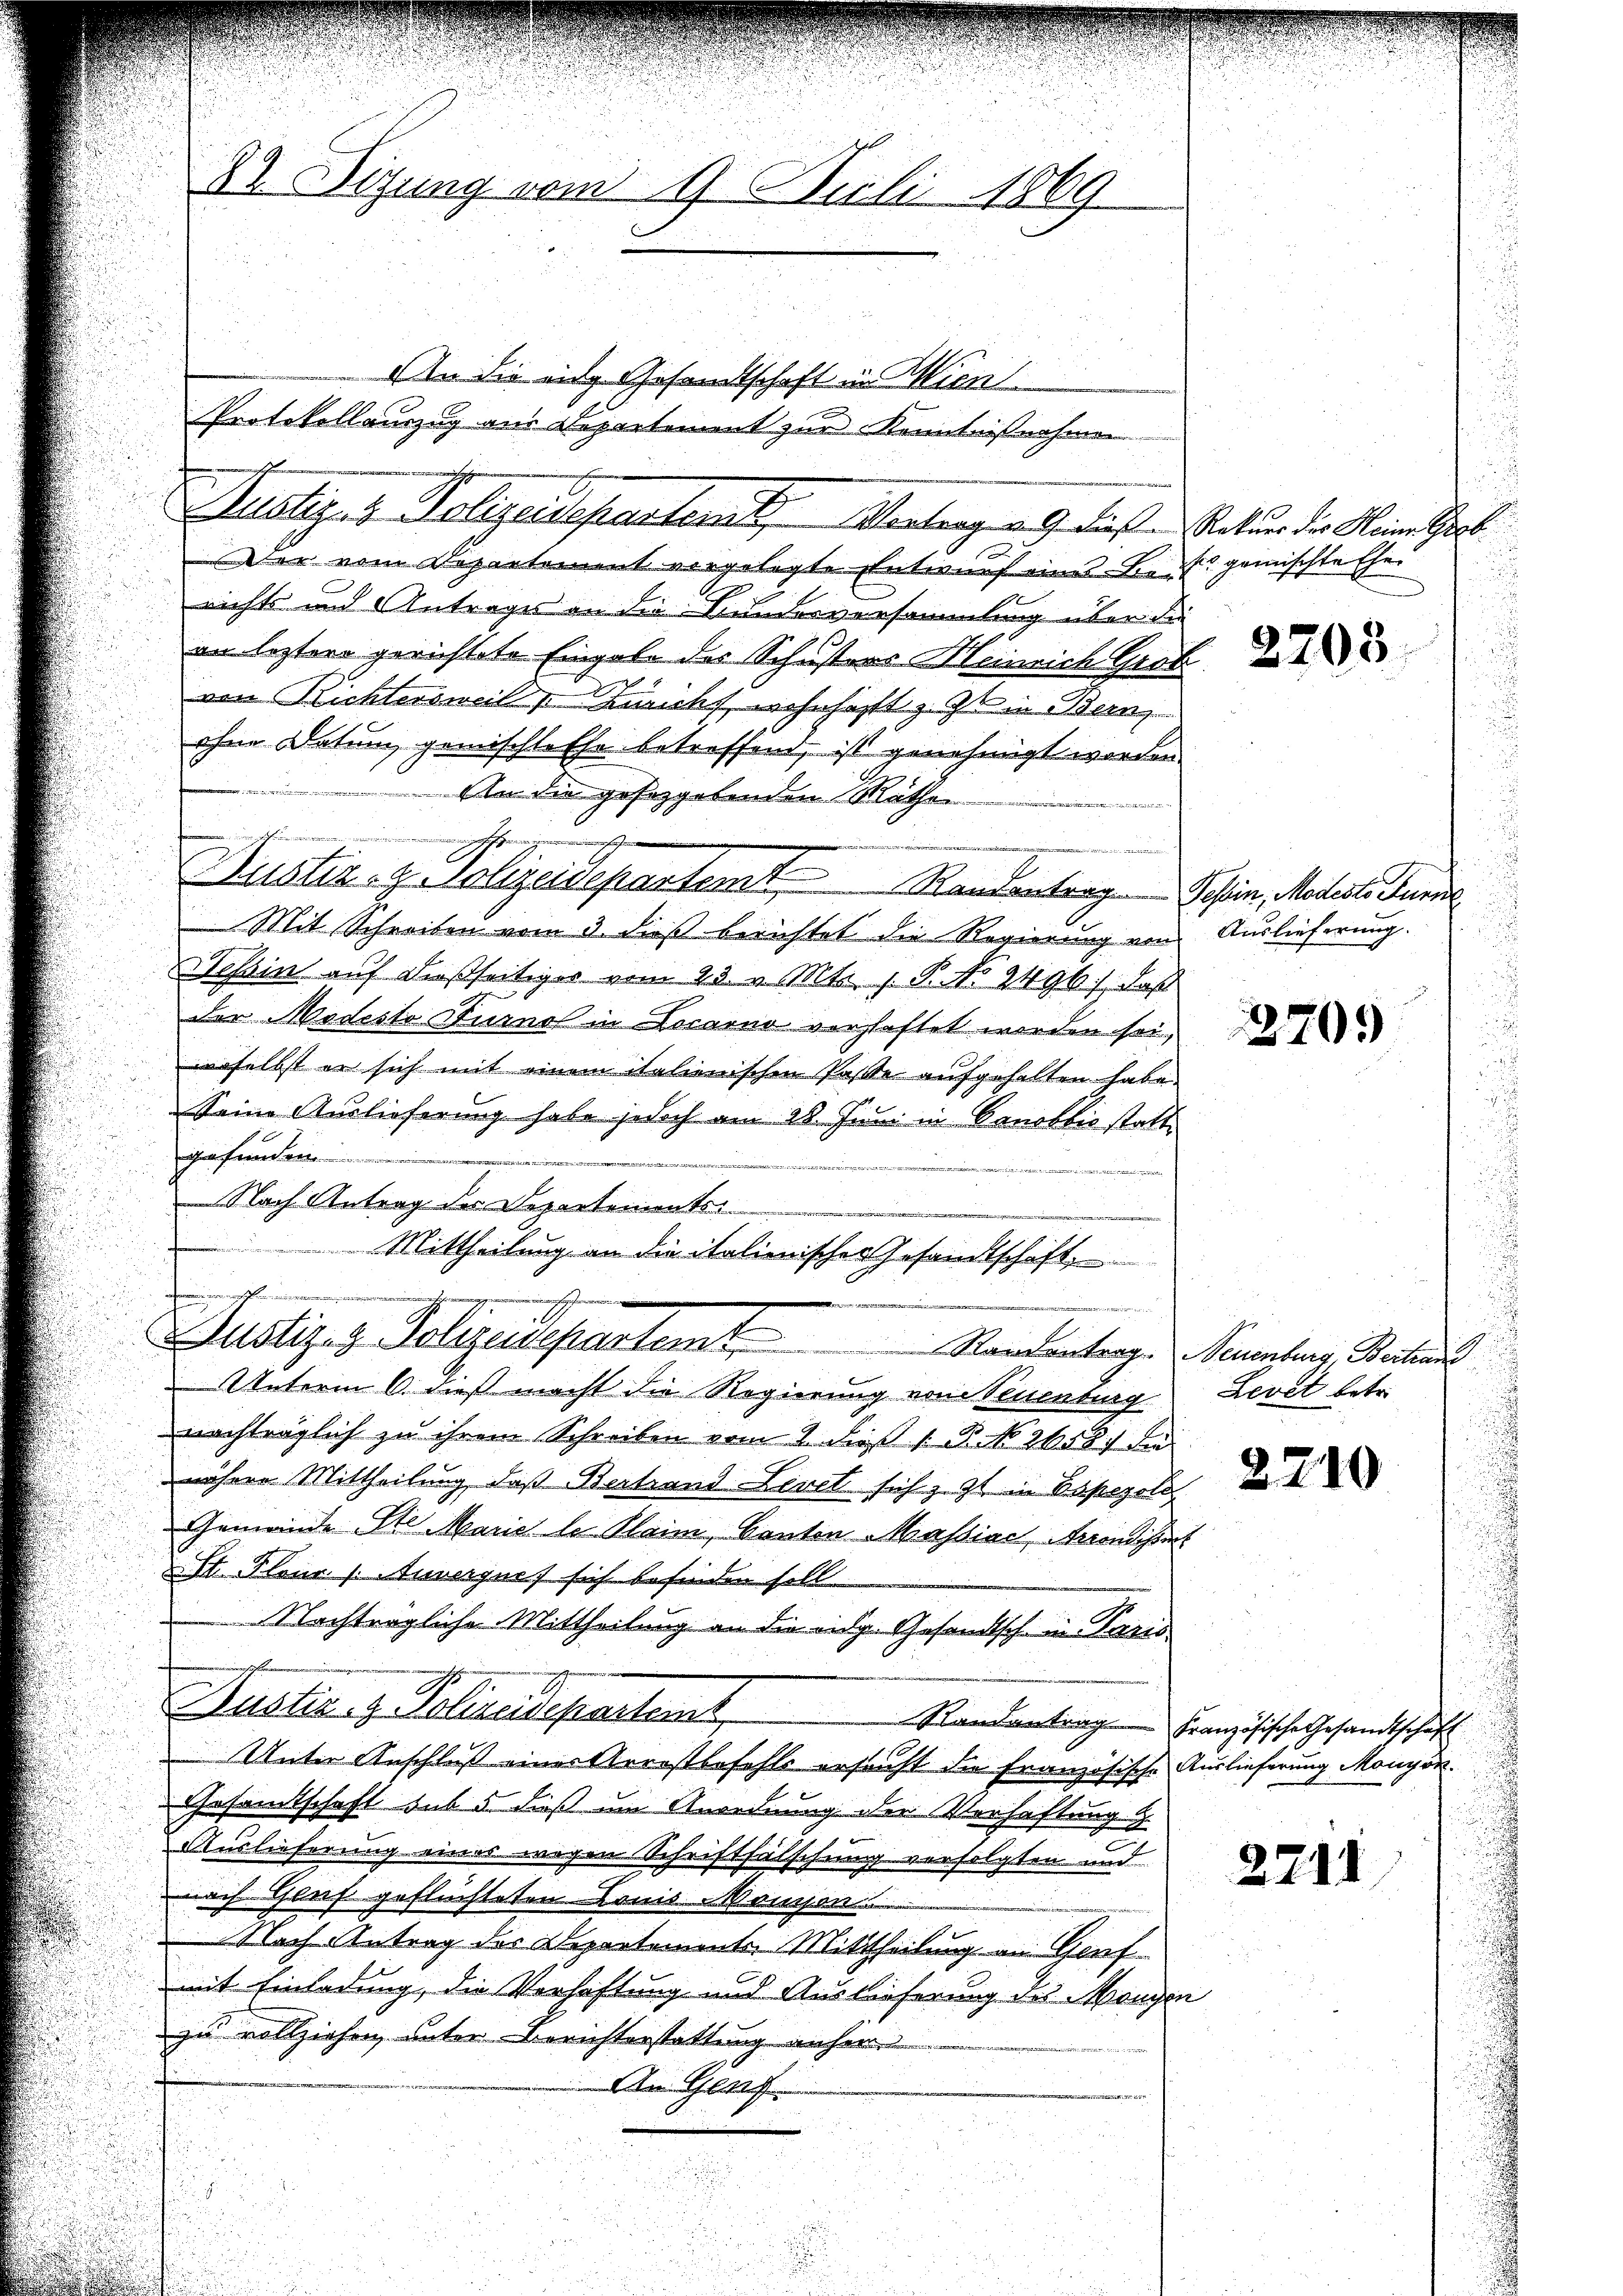
82 Sizung vom 9. Juli 1869

An die ein Gesandtschaft in Wien
Protokollauszug aus Departement zur Kenntnißnahmen.

ler vom Departement vorgelegte Entwurf eines Bett gemischte Ehe
richts und Antrages an die Bunderversammlung über d
an leztere gerichtete Eingabe des Schusters Heinrich Graf
von Richtersweil v. Züricht, wohnhaft z. Zt. in Bern,
ohne Datum gemischte Ehe betreffend, ist genehmigt worden
2
An die gesorgebenden Räthen
Nustiz- & Polizeisepartemt Randantrag Schien, Modeste Furre
Mit Schreiben vom 3. dieß berichtet die Regierung von
Tessin auf dießseitiger vom 23. v. Mts. z. B. No 2496, daß
der Modesto Turnot in Locarno verschaftet werden sei,
woselbst er sich mit einem italienischen Paße aufgehalten habe.
Seine Auslieferung habe jedoch am 28. Juni in Banobbio stattgefunden
Nach Antrag der Departements
a
Mittheilung an die italienischer Gesandtschaft,

nichtun

Unterm 6. dieß macht die Regierung von Neuenburg Levet betr.
nachträglich zu ihrem Schreiben vom 2. dieß 1 S. No 2658. die
nähere Mittheilung, daß Bertrand Levet sich z. Zt. in Papezold
Gemeinde Ste Marie le Plaim, Canton Massiae, Arrondissens
St. Fleur (Anvergers sich befinden soll
Nachträgliche Mittheilung an die eidg. Gesandtsch in Paris
Randantrag Französische Gesandtschaft
Unter Anschluß einer Arrestbefehls ersucht die Französische Auslieferung Mongor
Gesamtschaft sub 5. dieß um Anordnung der Verhaftung
Auslieferung eines wegen Schriftfälschung verfolgten und
nach Genf geflüchteten Louis Monsen
Nach Antrag des Departemente Mittheilung an Genf
mit Einladung, die Verhaftung und Auslieferung des Mangen
zu vollziehen, unter Berichterstattung anher
An Graf

Justiz- & Polizeidepartenst. Vertrag v. 9. diese Natur die Kleiner Gerb

Justiz v. Polizeidepartamt

Justiz & Polizeideparten

hnung
e

e

Auslieferung.

2705

Standentrag. Neuenburg Beitrans

2210

2211